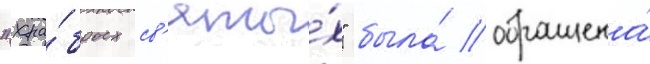
"хра́брых св'яты́х" была́ обращена́